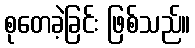
စုတေခဲ့ခြင်း ဖြစ်သည်။